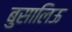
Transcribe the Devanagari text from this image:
बुसालिऊ